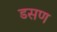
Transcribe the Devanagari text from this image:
डसण